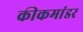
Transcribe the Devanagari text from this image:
कीकमांडर